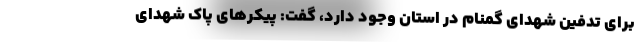
برای تدفین شهدای گمنام در استان وجود دارد، گفت: پیکرهای پاک شهدای